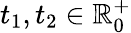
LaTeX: t_{1},t_{2}\in\mathbb{R}_{0}^{+}